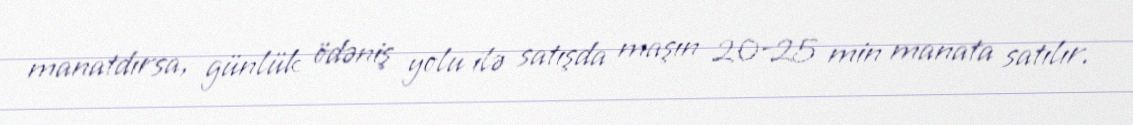
manatdırsa, günlük ödəniş yolu ilə satışda maşın 20-25 min manata satılır.